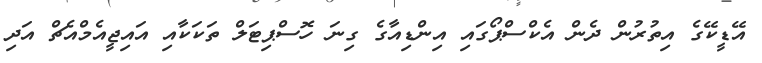
އޭޑީކޭގެ އިތުރުން ދެން އެކްސްޕޯގައި އިންޑިއާގެ ގިނަ ހޮސްޕިޓަލް ތަކަކާއި އައިޖީއެމްއެޗް އަދި